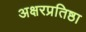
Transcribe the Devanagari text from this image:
अक्षरप्रतिष्ठा